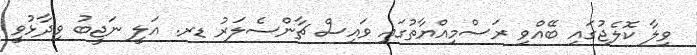
ވިލާ ކޮލެޖުގައި ބޭއްވި ރަސްމިއްޔާތުގައި ވައިސް ޗާންސެލަރު ޑރ. އަލީ ނަޖީބު ވިދާޅުވީ